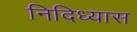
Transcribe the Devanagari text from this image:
निदिध्यास